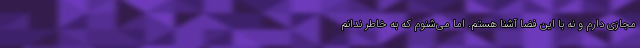
مجازی دارم و نه با این فضا آشنا هستم. اما می‌شنوم که به خاطر ندانم